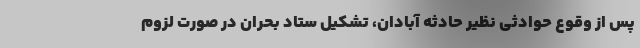
پس از وقوع حوادثی نظیر حادثه آبادان، تشکیل ستاد بحران در صورت لزوم